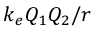
k _ { e } Q _ { 1 } Q _ { 2 } / r